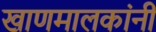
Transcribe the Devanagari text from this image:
खाणमालकांनी